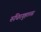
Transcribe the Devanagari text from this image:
रुधिरगुहारस